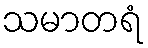
သမာတရံ